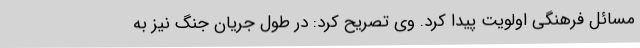
مسائل فرهنگی اولویت پیدا کرد. وی تصریح کرد: در طول جریان جنگ نیز به